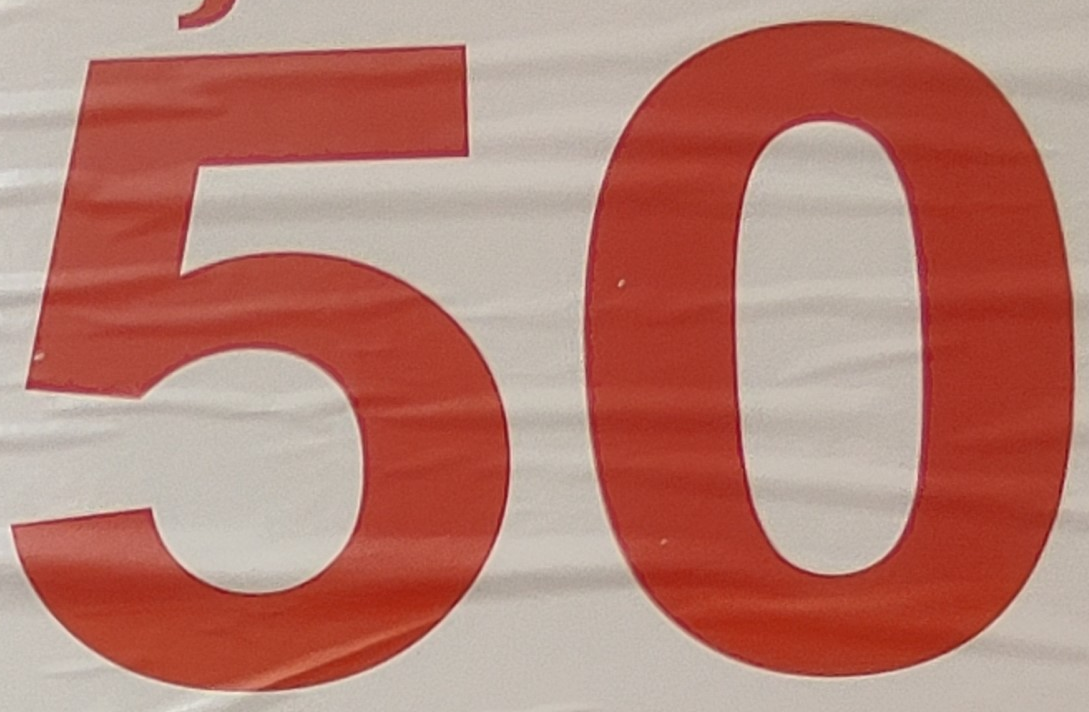
50